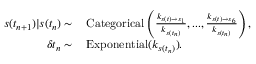
\begin{array} { r l } { s ( t _ { n + 1 } ) | s ( t _ { n } ) \sim } & { { } \, \mathrm { C a t e g o r i c a l } \left( \frac { k _ { s ( t ) \rightarrow s _ { 1 } } } { k _ { s ( t _ { n } ) } } , . . . , \frac { k _ { s ( t ) \rightarrow s _ { 6 } } } { k _ { s ( t _ { n } ) } } \right) , } \\ { \delta t _ { n } \sim } & { { } \, \mathrm { E x p o n e n t i a l } ( k _ { s ( t _ { n } ) } ) . } \end{array}